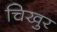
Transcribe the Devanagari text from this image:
चिखुर